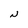
Character: N